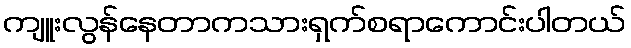
ကျူးလွန်နေတာကသားရှက်စရာကောင်းပါတယ်